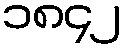
၁၈၄၂